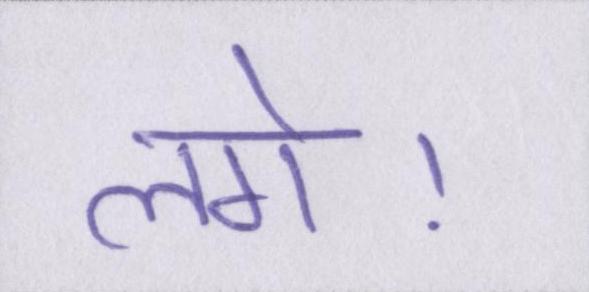
लगे।